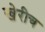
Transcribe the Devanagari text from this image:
खेरीच